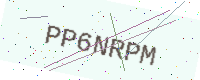
Text: PP6NRPM